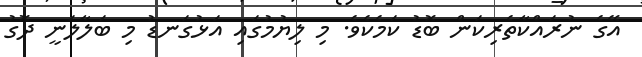
އޭގެ ނުރައްކާތެރިކަން ބޮޑު ކަމެކެވެ. މި ލިޔުމުގައި އަޅުގަނޑު މި ބަލާލަނީ ދޮގު